Annual administration report of the Civil Veterinary Department of India - 1893-1894
Year: 1893
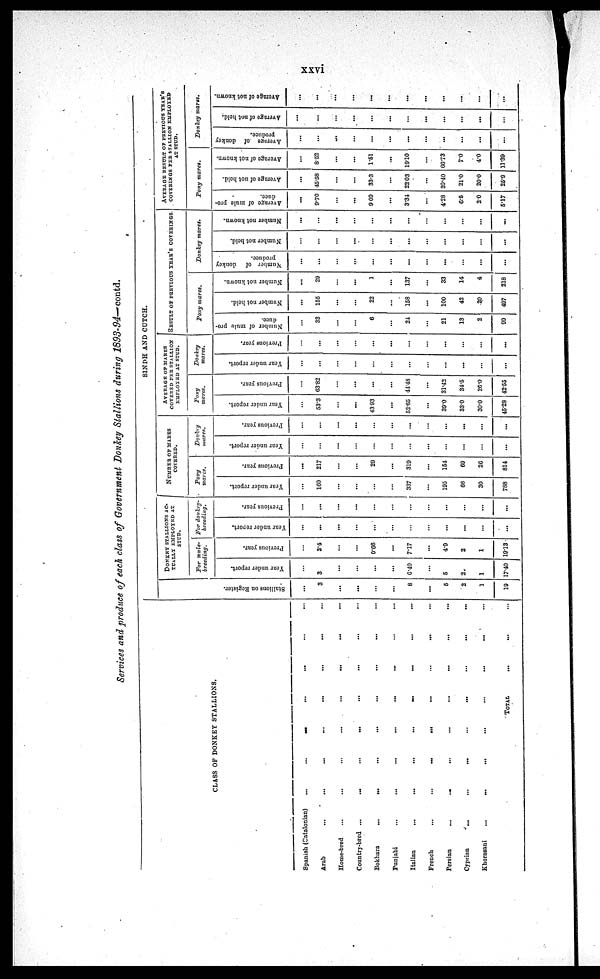
xxvi
Services and produce of each class of Government Donkey Stallions during 1893-94—contd.
CLASS OF DONKEY STALLIONS.
Spanish (Catalonian) ... ... ... ... ... ... ...
Arab ... ... ... ... ... ... ... ...
Home-bred ... ... ... ... ... ... ... ...
Country-bred ... ... ... ... ... ... ... ...
Bokhara ... ... ... ... ... ... ... ...
Punjabi ... ... ... ... ... ... ... ...
Italian ... ... ... ... ... ... ... ...
French ... ... ... ... ... ... ... ...
Persian ... ... ... ... ... ... ... ...
Cyprian ... ... ... ... ... ... ... ... ...
Khorasani ... ... ... ... ... ... ... ...
TOTAL ... ... ...
SINDH AND CUTCH.
St al l
i
ons on Regi s t
er .
...
3
...
...
...
...
8
...
5
2
1
19
DONKEY STALLIONS AC-
TUALLY EMPLOYED AT
STUD.
For mule-
breeding.
Year under report.
...
3
...
...
...
...
6.40
...
5
2
1
17.40
Previous year.
...
3.4
...
...
0.66
...
7.17
...
4.9
2
...
19.13
For donkey-
breeding.
Year under report.
...
...
...
...
...
...
...
...
...
...
...
...
Previous year.
...
...
...
...
...
...
...
...
...
...
...
...
NUMBER OF MARES
COVERED.
Pony
mares.
Year under report.
...
160
...
...
...
...
337
...
195
66
30
788
Previous year.
...
217
...
...
29
...
319
...
154
69
26
814
Donkey
mares.
Year under report.
...
...
...
...
...
...
...
...
...
...
...
...
Previous year.
...
...
...
...
...
...
...
...
...
...
...
...
AVERAGE OF MARES
COVERED PER STALLION
EMPLOYED AT STUD.
Pony
mares.
Year under report.
...
53.3
...
...
43.93
...
52.65
...
39.0
33.0
30.0
45.28
Previous year.
...
63.82
...
...
...
...
44.48
...
31.42
34.5
26.0
42.55
Donkey
mares.
Year under report.
...
...
...
...
...
...
...
...
...
...
...
...
Previous year.
...
...
...
...
...
...
...
...
...
...
...
...
RESULT OF PREVIOUS YEAR'S COVERINGS.
Pony mares.
Number of mule pro-
duce.
...
33
...
...
6
...
24
...
21
13
2
99
Number not held.
...
155
...
...
22
...
158
...
100
42
20
497
Number not known.
...
29
...
...
1
...
137
...
33
14
4
218
Donkey
mares.
Number of donkey
produce.
...
...
...
...
...
...
...
...
...
...
...
...
Number not held.
...
...
...
...
...
...
...
...
...
...
...
...
Number not known.
...
...
...
...
...
...
...
...
...
...
...
...
AVERAGE RESULT OF PREVIOUS YEAR'S
COVERINGS PER STALLION EMPLOYED
AT STUD.
Pony
mares.
Average of mule pro-
duce.
...
9.70
...
...
9. 09
...
3.34
...
4.28
6.5
2.0
5.17
Average of not held.
...
45.58
...
...
33.3
...
22.03
...
20.40
21.0
20.0
25.9
Average of not known.
...
8.52
...
...
1.51
...
19.10
...
66.73
7.0
4.0
11.39
Donkey
mares.
Average
of donkey
produce.
...
...
...
...
...
...
...
...
...
...
...
...
Average of not held.
...
...
...
...
...
...
...
...
...
...
...
...
Average of not known.
...
...
...
...
...
...
...
...
...
...
...
...